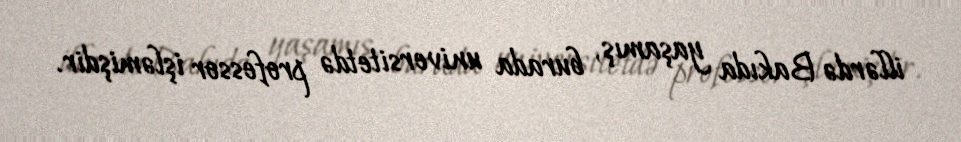
illərdə Bakıda yaşamış, burada universitetdə professor işləmişdir.